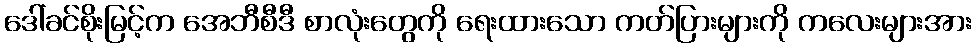
ဒေါ်ခင်စိုးမြင့်က အေဘီစီဒီ စာလုံးတွေကို ရေးထားသော ကတ်ပြားများကို ကလေးများအား